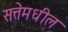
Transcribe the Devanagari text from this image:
सत्तेमधील